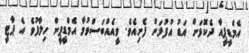
އެމްޑީޕީއާ ދެކޮޅަށް އަޑު އުފުލަން ފެށިއެވެ. ވީއެއްބަސްވުމާ އެމްޑީޕީން ހިލާފުވެ އެ ޕާޓީ